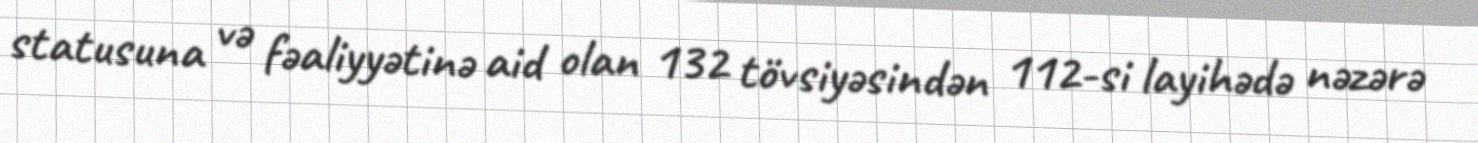
statusuna və fəaliyyətinə aid olan 132 tövsiyəsindən 112-si layihədə nəzərə